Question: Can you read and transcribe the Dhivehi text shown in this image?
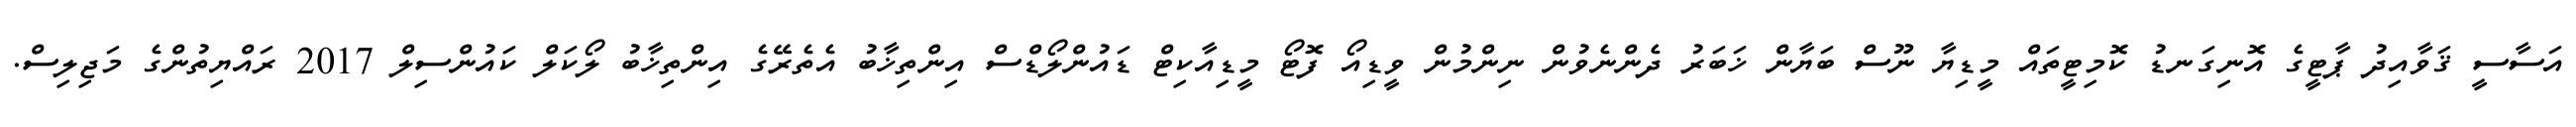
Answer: އަސާސީ ޤަވާއިދު ޕާޓީގެ އޮނިގަނޑު ކޮމިޓީތައް މީޑިޔާ ނޫސް ބަޔާން ޚަބަރު ދެންނެވުން ނިންމުން ވީޑިއޯ ފޮޓޯ މީޑިއާކިޓް ޑައުންލޯޑްސް އިންތިޚާބު އެތެރޭގެ އިންތިޚާބު ލޯކަލް ކައުންސިލް 2017 ރައްޔިތުންގެ މަޖިލިސް.